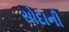
સોદાની